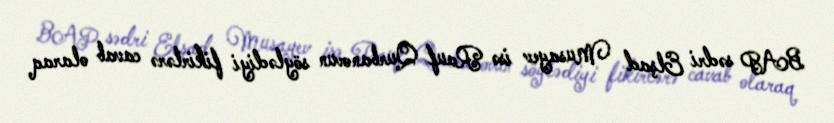
BAP sədri Elşad Musayev isə Rauf Qurbanovun söylədiyi fikirlərə cavab olaraq